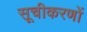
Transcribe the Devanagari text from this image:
सूचीकरणों